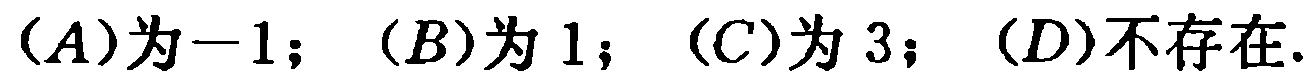
$(A)为-1；(B)为1；(C)为3；(D)不存在.$